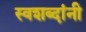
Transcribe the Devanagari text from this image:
स्वशब्दांनी